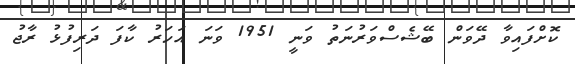
ކޮށްފައިވާ ދޭވަން ބޭޝެސްވަރުނަތު ވަނީ 1951 ވަނަ އަހަރު ކާފަ ދަރިފުޅު ރާޖު